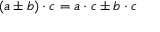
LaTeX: ( a \pm b ) \cdot c = a \cdot c \pm b \cdot c